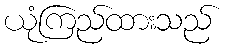
ယုံကြည်ထားသည်